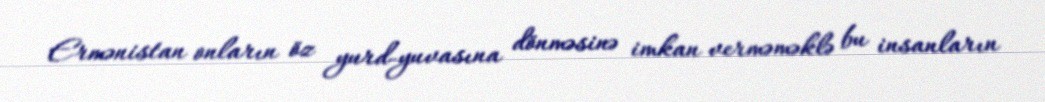
Ermənistan onların öz yurd-yuvasına dönməsinə imkan verməməklə bu insanların